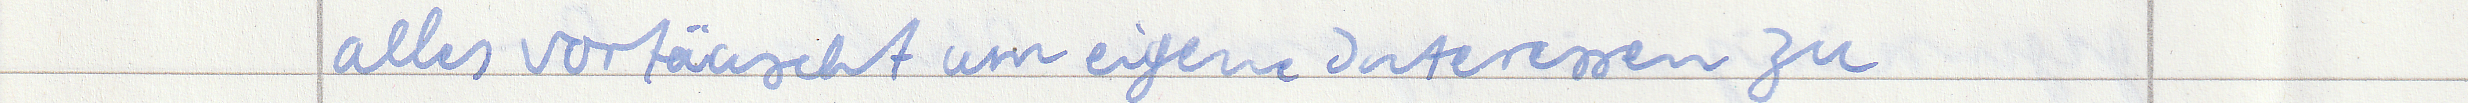
alles vortäuscht um eigene Interessen zu